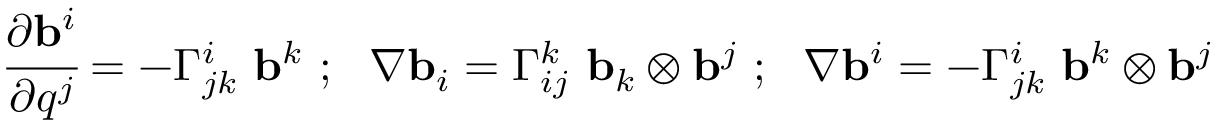
{ \cfrac { \partial \mathbf { b } ^ { i } } { \partial q ^ { j } } } = - \Gamma _ { j k } ^ { i } ~ \mathbf { b } ^ { k } ~ ; ~ ~ { \boldsymbol { \nabla } } \mathbf { b } _ { i } = \Gamma _ { i j } ^ { k } ~ \mathbf { b } _ { k } \otimes \mathbf { b } ^ { j } ~ ; ~ ~ { \boldsymbol { \nabla } } \mathbf { b } ^ { i } = - \Gamma _ { j k } ^ { i } ~ \mathbf { b } ^ { k } \otimes \mathbf { b } ^ { j }